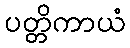
ပတ္တိကာယံ